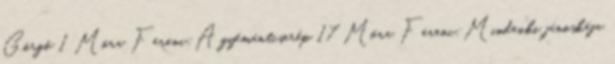
Görgő 1 Móra Ferenc:A gyémántcserép 17 Móra Ferenc:Mindenki jánoskája